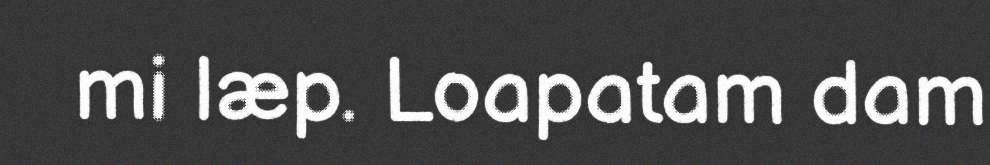
mi læp. Loapatam dam